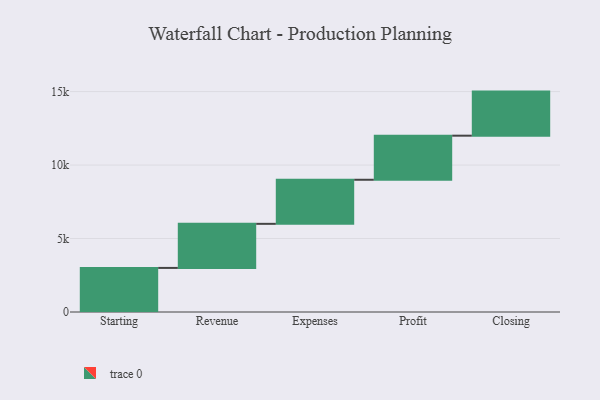
{"axis": {"x": "Step", "y": "Value"}, "legend": [""], "data": [{"x": "Starting", "y": 3000, "type": ""}, {"x": "Revenue", "y": 3000, "type": ""}, {"x": "Expenses", "y": 3000, "type": ""}, {"x": "Profit", "y": 3000, "type": ""}, {"x": "Closing", "y": 3000, "type": ""}]}